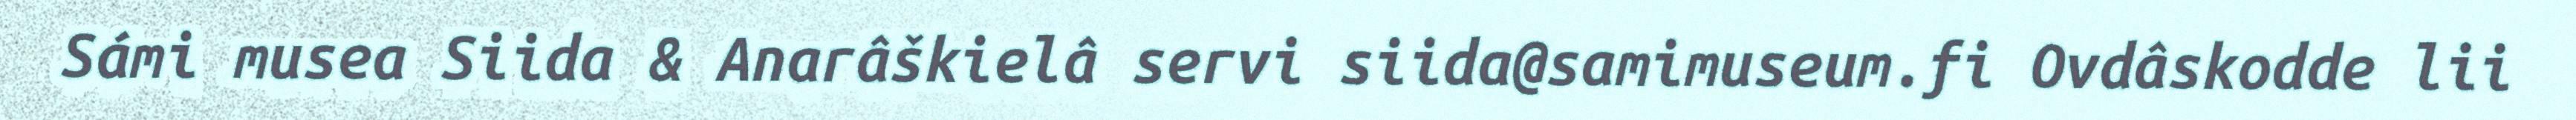
Sámi musea Siida & Anarâškielâ servi siida@samimuseum.fi Ovdâskodde lii